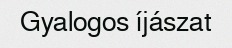
Gyalogos íjászat